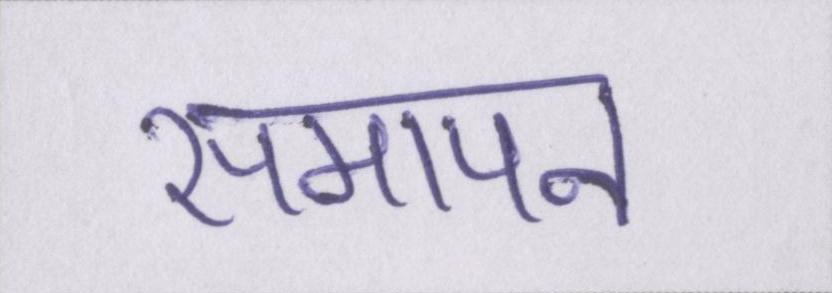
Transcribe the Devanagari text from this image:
समापन